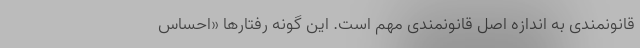
قانونمندی به اندازه اصل قانونمندی مهم است. این گونه رفتارها «احساس